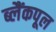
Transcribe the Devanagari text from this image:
ब्लैंकपूल